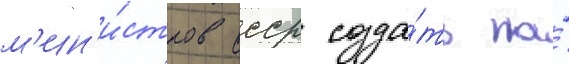
м'ин'и́стров ссср созда́ть на́